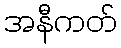
အနီကတ်